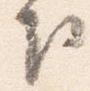
下